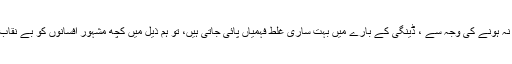
بدقسمتی سے ، آگاہی نہ ہونے کی وجہ سے ، ڈینگی کے بارے میں بہت ساری غلط فہمیاں پائی جاتی ہیں، تو ہم ذیل میں کچھ مشہور افسانوں کو بے نقاب کر نے جا رہے ہیں۔